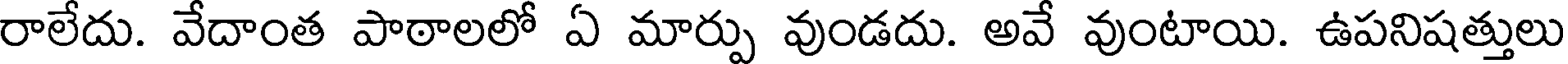
రాలేదు. వేదాంత పాఠాలలో ఏ మార్పు వుండదు. అవే వుంటాయి. ఉపనిషత్తులు